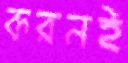
করনই